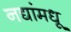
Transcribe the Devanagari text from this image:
नद्यांमधू